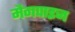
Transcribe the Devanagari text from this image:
मैगपाइज